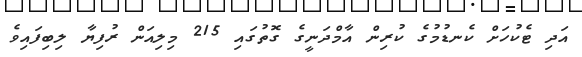
އަދި ޓެކުހަށް ކެނޑުމުގެ ކުރިން އާމްދަނީގެ ގޮތުގައި 215 މިލިއަން ރުފިޔާ ލިބިފައިވެ